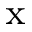
_ \mathrm { x }